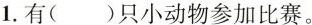
1.有( )只小动物参加比赛。